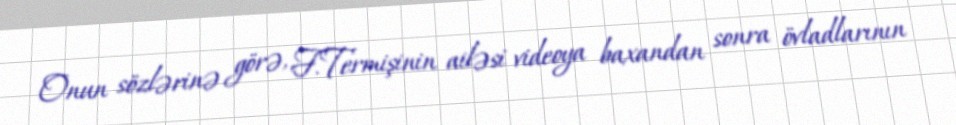
Onun sözlərinə görə, F.Termişinin ailəsi videoya baxandan sonra övladlarının